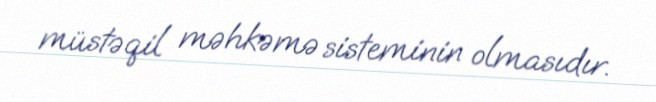
müstəqil məhkəmə sisteminin olmasıdır.